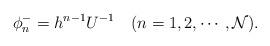
LaTeX: \begin{align*}\phi^-_n=h^{n-1}U^{-1} \quad (n=1,2,\cdots,{\cal N}).\end{align*}